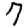
Digit: 7